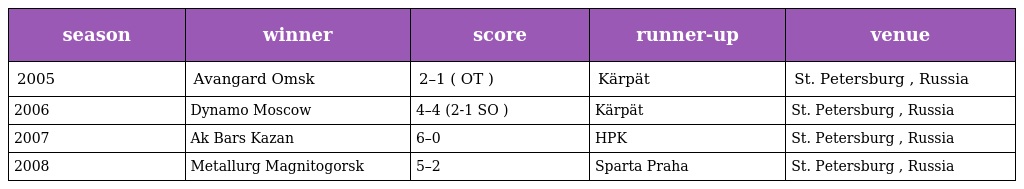
| season | winner | score | runner-up | venue |
 | --- | --- | --- | --- | --- |
 | 2005 | Avangard Omsk | 2–1 ( OT ) | Kärpät | St. Petersburg , Russia |
 | 2006 | Dynamo Moscow | 4–4 (2-1 SO ) | Kärpät | St. Petersburg , Russia |
 | 2007 | Ak Bars Kazan | 6–0 | HPK | St. Petersburg , Russia |
 | 2008 | Metallurg Magnitogorsk | 5–2 | Sparta Praha | St. Petersburg , Russia |